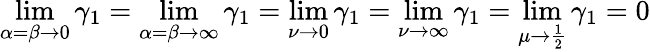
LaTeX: \operatorname*{lim}_{\alpha=\beta\to 0}\gamma_{1}=\operatorname*{lim}_{\alpha=\beta\to\infty}\gamma_{1}=\operatorname*{lim}_{\nu\to 0}\gamma_{1}=\operatorname*{lim}_{\nu\to\infty}\gamma_{1}=\operatorname*{lim}_{\mu\to{\frac{1}{2}}}\gamma_{1}=0